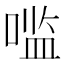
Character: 𰈓